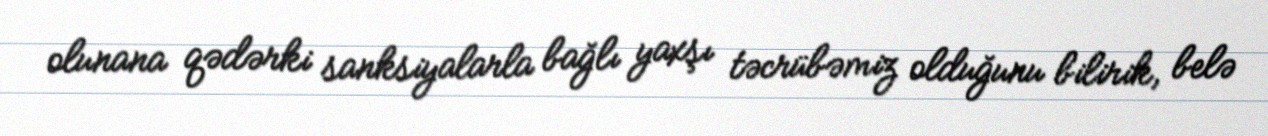
olunana qədərki sanksiyalarla bağlı yaxşı təcrübəmiz olduğunu bilirik, belə